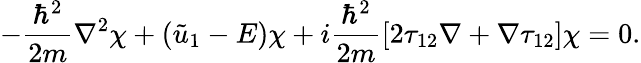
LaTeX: -{\frac{\hbar^{2}}{2m}}\nabla^{2}\chi+({\tilde{u}}_{1}-E)\chi+i{\frac{\hbar^{2}}{2m}}[2\mathbf{\tau}_{12}\nabla+\nabla\mathbf{\tau}_{12}]\chi=0.